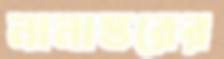
নানাস্তরের